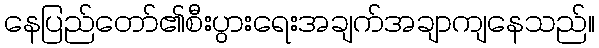
နေပြည်တော်၏စီးပွားရေးအချက်အချာကျနေသည်။